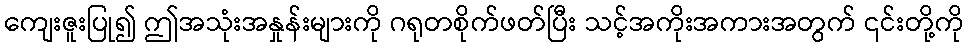
ကျေးဇူးပြု၍ ဤအသုံးအနှုန်းများကို ဂရုတစိုက်ဖတ်ပြီး သင့်အကိုးအကားအတွက် ၎င်းတို့ကို